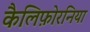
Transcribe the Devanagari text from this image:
कैलिफ़ोरनिया